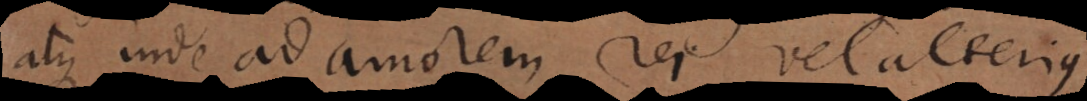
atque inde ad amorem rei vel alterius